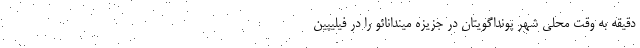
دقیقه به وقت محلی شهر پونداگویتان در جزیزه میندانائو را در فیلیپین